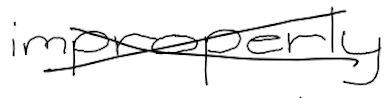
Text: improperly
Cross-out: cross
Writing tool: digital_black